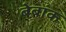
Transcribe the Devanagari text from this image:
बेबांक